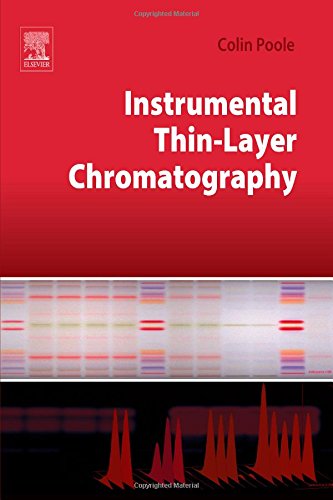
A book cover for Instrumental Thin-Layer Chromatography; Colin Poole; Science & Math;